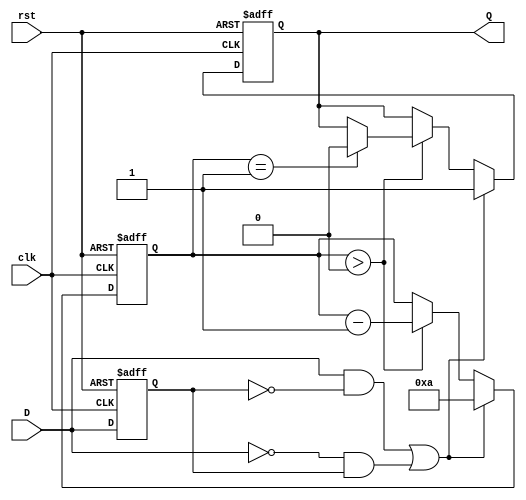
module MonostableEdgeDetector #(
    parameter PULSE_WIDTH = 10 // Pulse width in clock cycles
)(
    input wire clk,             // Clock signal
    input wire rst,             // Reset signal
    input wire D,               // Input signal
    output reg Q                // Output pulse signal
);

    // State registers
    reg D_prev;                 // Previous state of the input signal
    reg [3:0] counter;          // Counter for pulse width

    // Edge detection logic
    wire rising_edge = (D && !D_prev); // Detect rising edge
    wire falling_edge = (!D && D_prev); // Detect falling edge

    // Pulse generation logic
    always @(posedge clk or posedge rst) begin
        if (rst) begin
            D_prev <= 1'b0;      // Initialize previous state
            Q <= 1'b0;           // Initialize output pulse
            counter <= 4'b0;     // Reset counter
        end else begin
            D_prev <= D;         // Update previous state

            // Check for edge detection
            if (rising_edge || falling_edge) begin
                Q <= 1'b1;        // Generate output pulse
                counter <= PULSE_WIDTH; // Load pulse width
            end else if (counter > 0) begin
                counter <= counter - 1; // Decrement counter
                if (counter == 1) begin
                    Q <= 1'b0;    // End pulse when counter reaches zero
                end
            end
        end
    end
endmodule